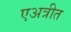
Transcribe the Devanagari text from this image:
एअत्रीत